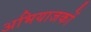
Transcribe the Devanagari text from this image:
अभियाजकों